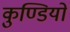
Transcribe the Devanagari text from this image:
कुण्डियों